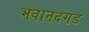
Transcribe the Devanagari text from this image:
भवानदगड